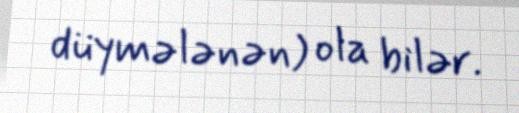
düymələnən) ola bilər.